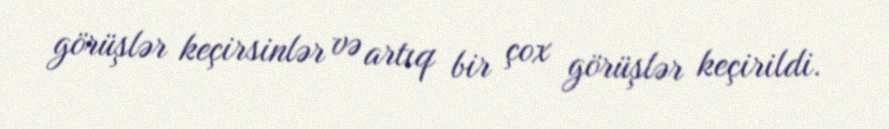
görüşlər keçirsinlər və artıq bir çox görüşlər keçirildi.